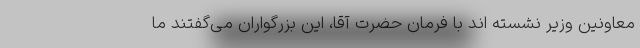
معاونین وزیر نشسته اند با فرمان حضرت آقا، این بزرگواران می‌گفتند ما